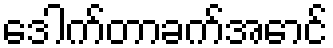
ဒေါက်တာခက်အောင်